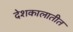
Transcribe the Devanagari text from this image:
देशकालातीत